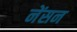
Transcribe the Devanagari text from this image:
नेंसन